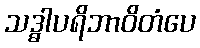
သဒ္ဓါပရိဘာဝိတံပေ